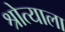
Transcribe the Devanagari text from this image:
श्रोत्याला